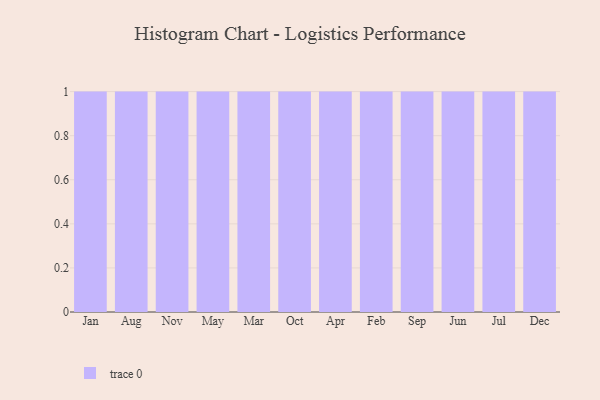
{"axis": {"x": "Month", "y": "Net Income (USD K)"}, "legend": [""], "data": [{"x": "Jan", "y": 78, "type": ""}, {"x": "Aug", "y": 20, "type": ""}, {"x": "Nov", "y": 27, "type": ""}, {"x": "May", "y": 9, "type": ""}, {"x": "Mar", "y": 9, "type": ""}, {"x": "Oct", "y": 74, "type": ""}, {"x": "Apr", "y": 70, "type": ""}, {"x": "Feb", "y": 51, "type": ""}, {"x": "Sep", "y": 82, "type": ""}, {"x": "Jun", "y": 10, "type": ""}, {"x": "Jul", "y": 39, "type": ""}, {"x": "Dec", "y": 17, "type": ""}]}